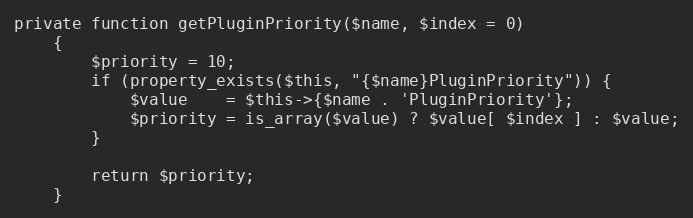
Language: PHP
private function getPluginPriority($name, $index = 0)
    {
        $priority = 10;
        if (property_exists($this, "{$name}PluginPriority")) {
            $value    = $this->{$name . 'PluginPriority'};
            $priority = is_array($value) ? $value[ $index ] : $value;
        }

        return $priority;
    }